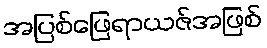
အပြစ်ဖြေရာယဇ်အဖြစ်